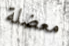
معضلة